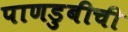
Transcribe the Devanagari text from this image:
पाणडुबीची